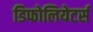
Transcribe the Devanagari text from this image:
डिफोलियेटर्स